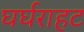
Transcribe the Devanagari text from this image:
घर्घराहट